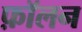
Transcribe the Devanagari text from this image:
फ़ॉलन